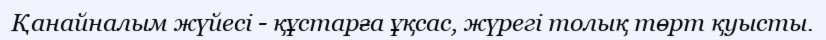
Қанайналым жүйесі - құстарға ұқсас, жүрегі толық төрт қуысты.